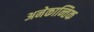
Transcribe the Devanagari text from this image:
अनेकान्तिक